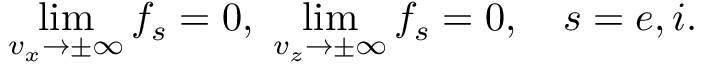
\operatorname* { l i m } _ { v _ { x } \rightarrow \pm \infty } f _ { s } = 0 , \ \operatorname* { l i m } _ { v _ { z } \rightarrow \pm \infty } f _ { s } = 0 , \quad s = e , i .